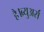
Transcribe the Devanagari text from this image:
है।ब्र्युअर्स